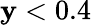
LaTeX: \mathbf{y}<0.4